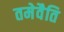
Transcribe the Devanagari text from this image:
तमेवैति